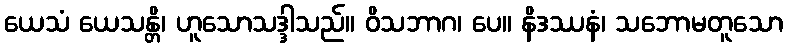
ယေသံ ယေသန္တိ၊ ဟူသောသဒ္ဒါသည်။ ဝိသဘာဂ၊ ပေ။ နိဒဿနံ၊ သဘောမတူသော